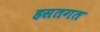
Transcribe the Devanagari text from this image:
हसतगत